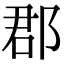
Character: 郡